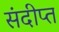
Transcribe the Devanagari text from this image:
संदीप्त